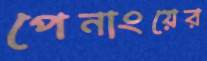
পেনাংয়ের